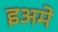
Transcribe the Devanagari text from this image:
इअमे